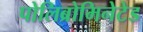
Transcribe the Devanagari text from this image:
पोलिब्रोमिनेटेड